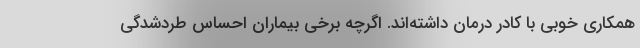
همکاری خوبی با کادر درمان داشته‌اند. اگرچه برخی بیماران احساس طردشدگی